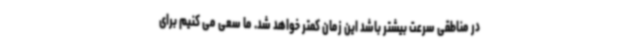
در مناطقی سرعت بیشتر باشد این زمان کمتر خواهد شد. ما سعی می کنیم برای